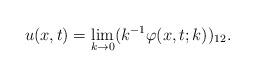
LaTeX: \begin{align*}u(x,t)=\lim _{k\rightarrow 0} ( k^{-1} \varphi (x,t;k))_{12}.\end{align*}